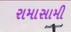
રામાસામી